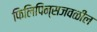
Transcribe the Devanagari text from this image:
फिलिपिन्सजवळील